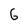
Character: 6